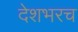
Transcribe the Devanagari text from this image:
देशभरच